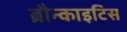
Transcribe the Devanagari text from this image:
ब्रौन्काइटिस